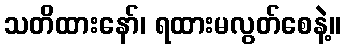
သတိထားနော်၊ ရထားမလွတ်စေနဲ့။